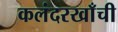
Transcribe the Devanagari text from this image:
कलंदरखाँची